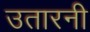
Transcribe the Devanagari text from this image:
उतारनी